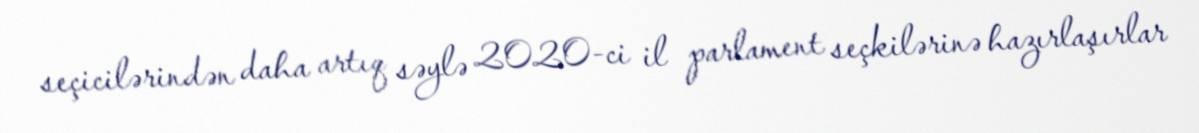
seçicilərindən daha artıq səylə 2020-ci il parlament seçkilərinə hazırlaşırlar